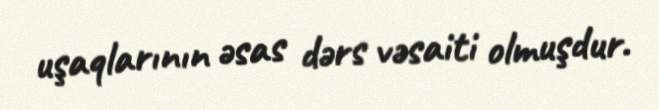
uşaqlarının əsas dərs vəsaiti olmuşdur.